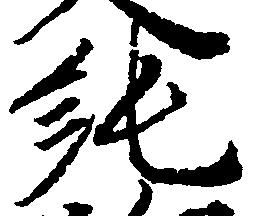
純